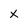
Character: x